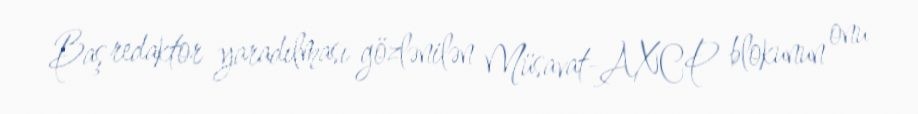
Baş redaktor yaradılması gözlənilən Müsavat-AXCP blokunun onu